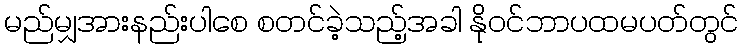
မည်မျှအားနည်းပါစေ စတင်ခဲ့သည့်အခါ နိုဝင်ဘာပထမပတ်တွင်